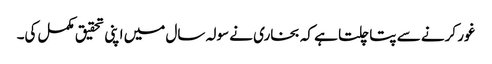
غور کرنے سے پتا چلتا ہے کہ بخاری نے سولہ سال میں اپنی تحقیق مکمل کی۔